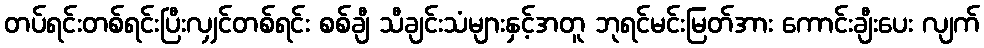
တပ်ရင်းတစ်ရင်းပြီးလျှင်တစ်ရင်း စစ်ချီ သီချင်းသံများနှင့်အတူ ဘုရင်မင်းမြတ်အား ကောင်းချီးပေး လျက်